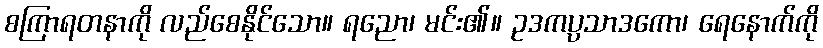
စကြာရတနာကို လည်စေနိုင်သော။ ရညော၊ မင်း၏။ ဥဒကပ္ပသာဒကော၊ ရေနောက်ကို